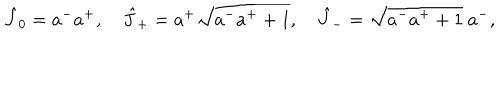
LaTeX: \hat { J } _ { 0 } = a ^ { - } a ^ { + } , ~ \hat { J } _ { + } = a ^ { + } \sqrt { a ^ { - } a ^ { + } + 1 } , ~ \hat { J } _ { - } = \sqrt { a ^ { - } a ^ { + } + 1 } ~ a ^ { - } ,